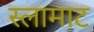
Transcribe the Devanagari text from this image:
स्लामाट